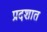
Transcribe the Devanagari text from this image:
प्रदशात